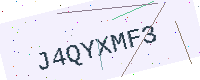
Text: J4QYXMF3